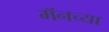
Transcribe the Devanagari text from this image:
मॅनच्या